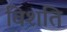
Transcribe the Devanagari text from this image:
विशति